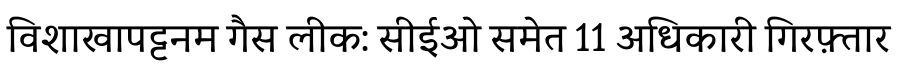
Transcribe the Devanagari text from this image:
विशाखापट्टनम गैस लीक: सीईओ समेत 11 अधिकारी गिरफ़्तार